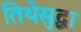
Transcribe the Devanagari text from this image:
तिथेसुद्धा